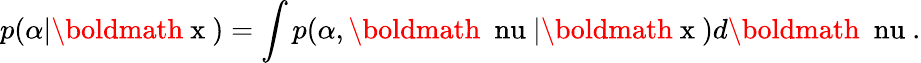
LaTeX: p(\alpha|\mathrm{\boldmath~x~})=\int p(\alpha,\mathrm{\boldmath~\ nu~}|\mathrm{\boldmath~x~})d\mathrm{\boldmath~\ nu~}.